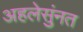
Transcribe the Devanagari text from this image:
अहलेसुंनत